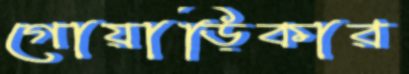
গোয়াড়িকার